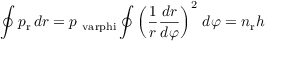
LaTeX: \oint p _ { \mathrm { r } } \, d r = p _ { \mathrm { \ v a r p h i } } \oint \left( { \frac { 1 } { r } } { \frac { d r } { d \varphi } } \right) ^ { 2 } \, d \varphi = n _ { \mathrm { r } } h